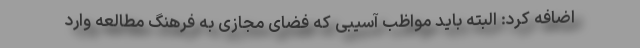
اضافه کرد: البته باید مواظب آسیبی که فضای مجازی به فرهنگ مطالعه وارد